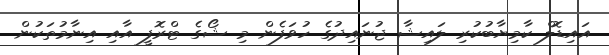
އައިޑޮލް ކާމިޔާބުކުރި ލައިޝާ ޖުނައިދުގެ ހުވަފެން މި ޝޯގެ ޓްރޮފީ އާއި އިނާމުތަކުން